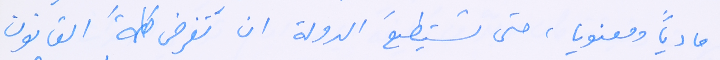
مادياً ومعنويا، حتى تستطيعَ الدولة ان تَفرض كلمةَ القانون